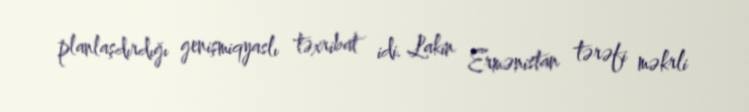
planlaşdırdığı genişmiqyaslı təxribat idi. Lakin Ermənistan tərəfi məkrli